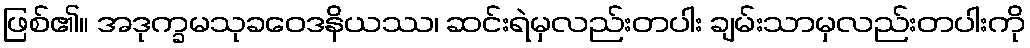
ဖြစ်၏။ အဒုက္ခမသုခဝေဒနိယဿ၊ ဆင်းရဲမှလည်းတပါး ချမ်းသာမှလည်းတပါးကို